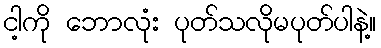
ငါ့ကို ဘောလုံး ပုတ်သလိုမပုတ်ပါနဲ့။